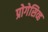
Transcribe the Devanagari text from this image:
प्रोगेसिव्ह